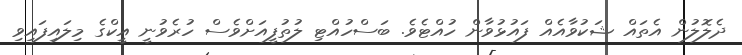
ދެލޮލުން އެތައް ޝަކުވާއެއް ފައުޅުވާން ހުއްޓެވެ. ބަސްހުއްޓި ލުތުފީއަށްވެސް ހުރެވުނީ އީކްގެ މިލައިފައިވި